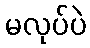
မလုပ်ပဲ